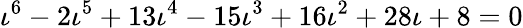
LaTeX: \iota^{6}-2\iota^{5}+13\iota^{4}-15\iota^{3}+16\iota^{2}+28\iota+8=0